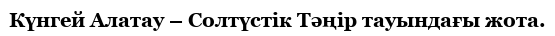
Күнгей Алатау – Солтүстік Тәңір тауындағы жота.